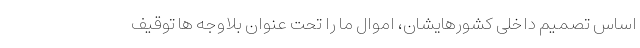
اساس تصمیم داخلی کشورهایشان، اموال ما را تحت عنوان بلاوجه ها توقیف